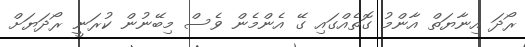
ރޯދަ އިނާޔަތް އާންމު ގޮތެއްގައި ގޭ އެންމެން ވެސް މިބޭނުން ކުރަނީ ރޯދަޔަށް